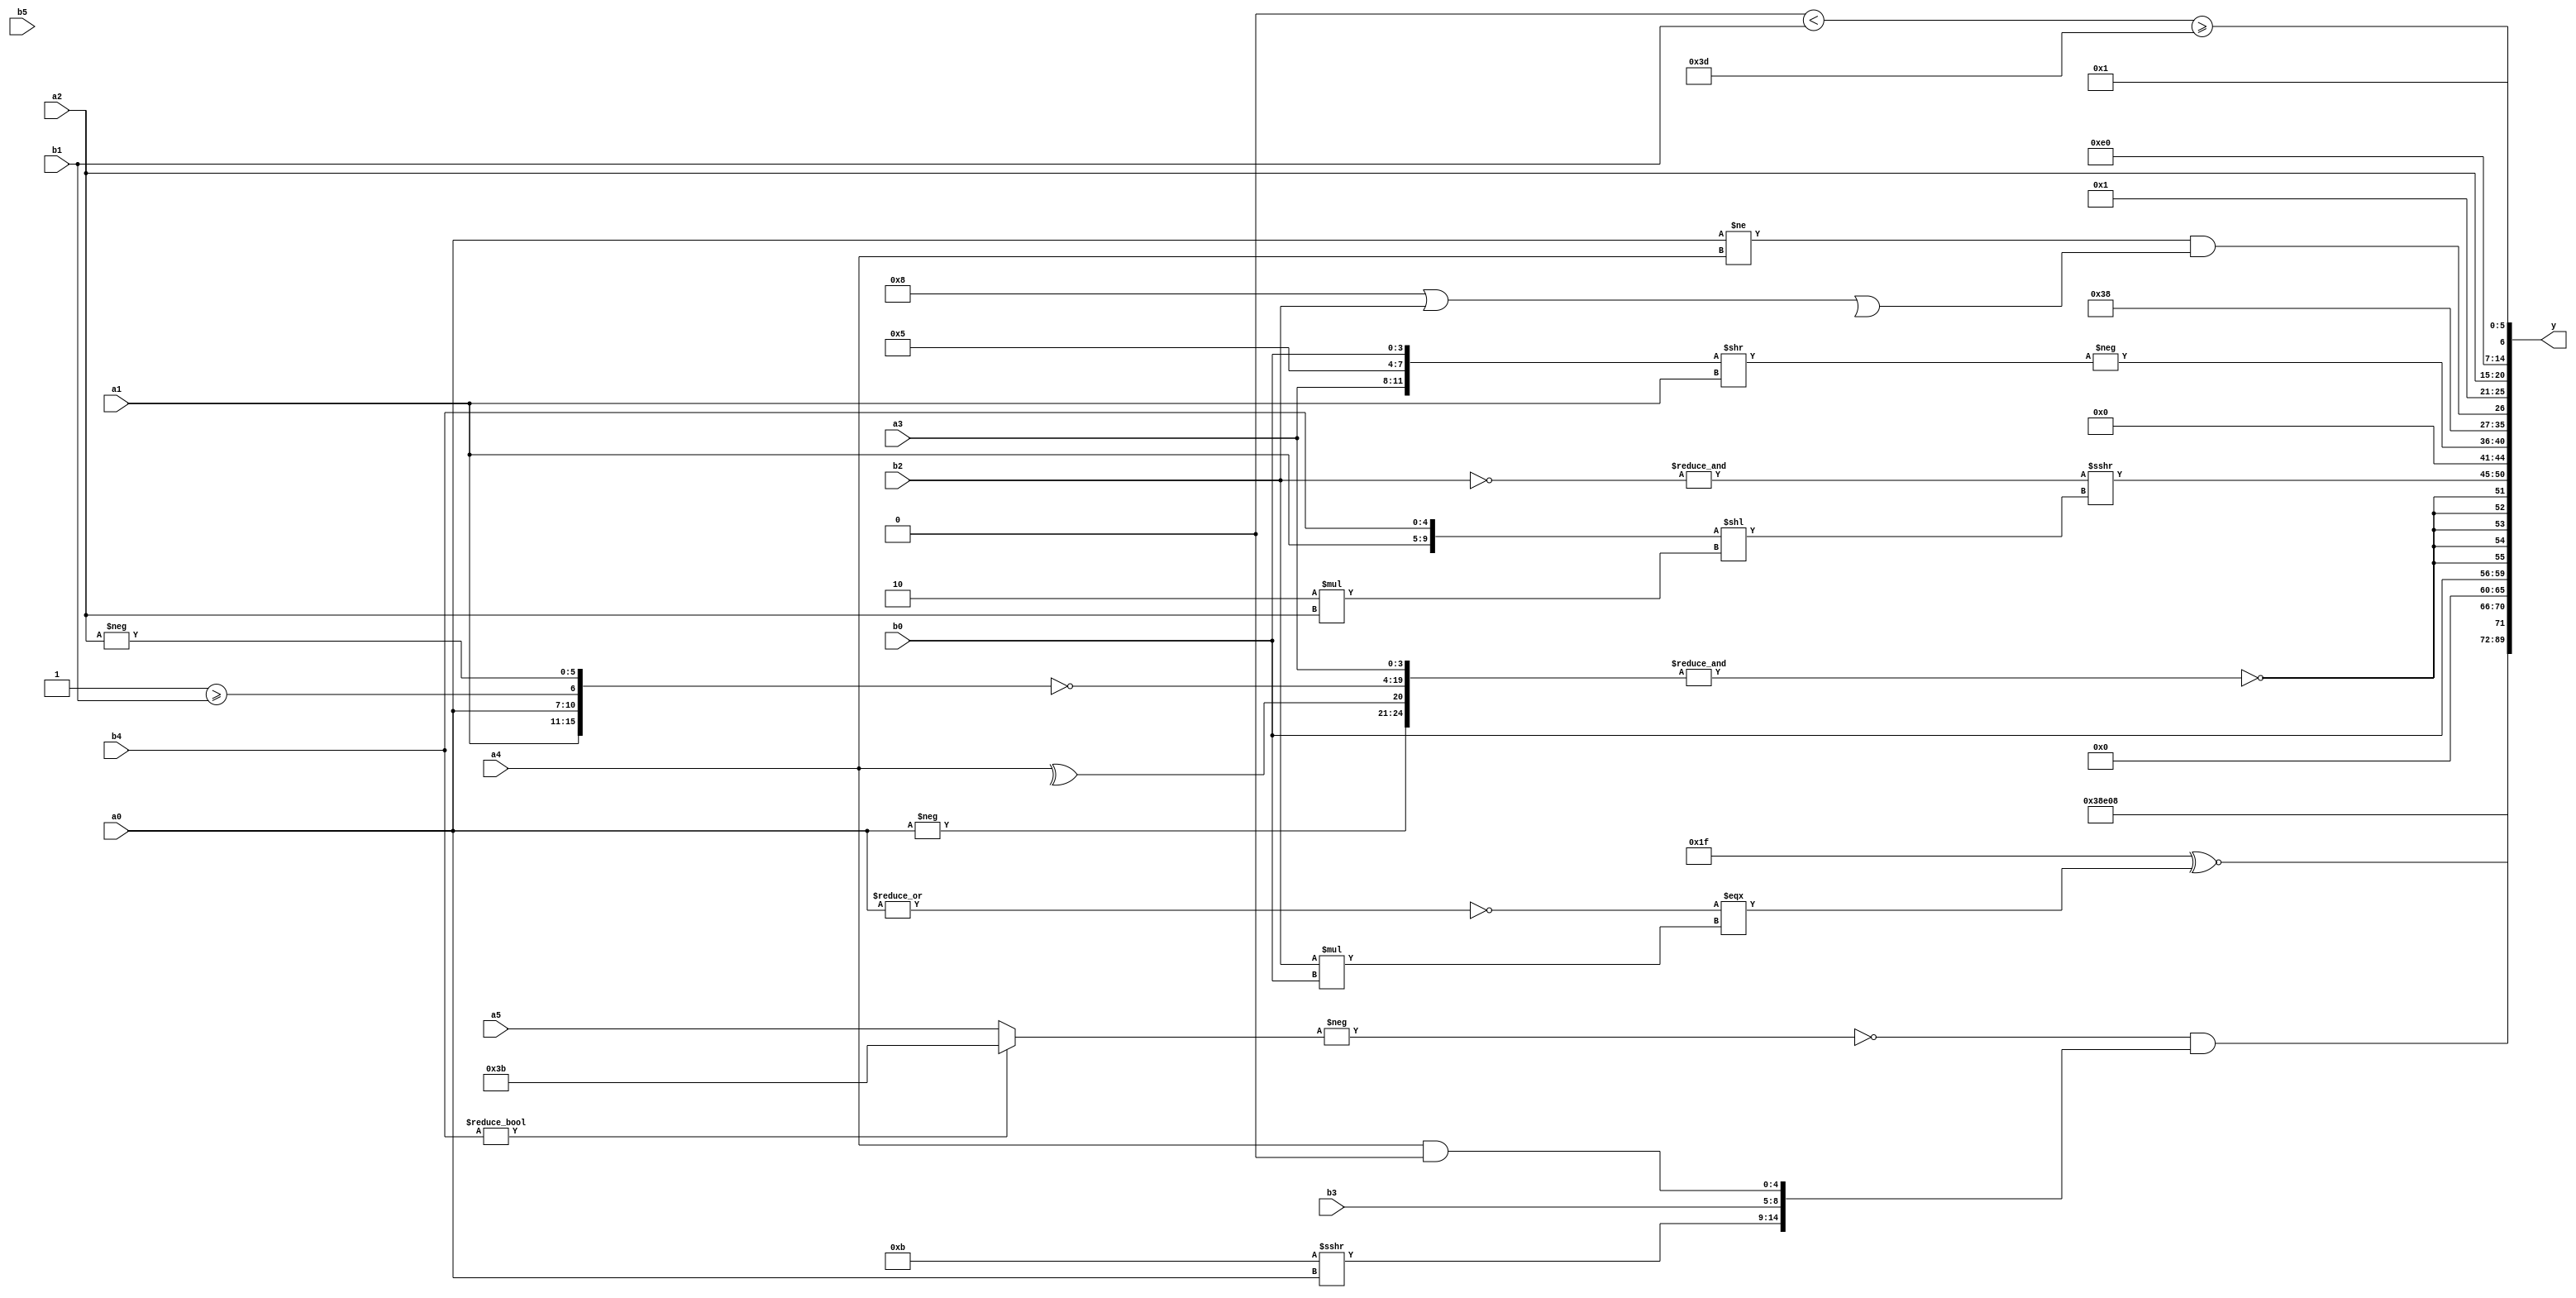
module expression_00485(a0, a1, a2, a3, a4, a5, b0, b1, b2, b3, b4, b5, y);
  input [3:0] a0;
  input [4:0] a1;
  input [5:0] a2;
  input signed [3:0] a3;
  input signed [4:0] a4;
  input signed [5:0] a5;

  input [3:0] b0;
  input [4:0] b1;
  input [5:0] b2;
  input signed [3:0] b3;
  input signed [4:0] b4;
  input signed [5:0] b5;

  wire [3:0] y0;
  wire [4:0] y1;
  wire [5:0] y2;
  wire signed [3:0] y3;
  wire signed [4:0] y4;
  wire signed [5:0] y5;
  wire [3:0] y6;
  wire [4:0] y7;
  wire [5:0] y8;
  wire signed [3:0] y9;
  wire signed [4:0] y10;
  wire signed [5:0] y11;
  wire [3:0] y12;
  wire [4:0] y13;
  wire [5:0] y14;
  wire signed [3:0] y15;
  wire signed [4:0] y16;
  wire signed [5:0] y17;

  output [89:0] y;
  assign y = {y0,y1,y2,y3,y4,y5,y6,y7,y8,y9,y10,y11,y12,y13,y14,y15,y16,y17};

  localparam [3:0] p0 = {4{{4{(-5'sd0)}}}};
  localparam [4:0] p1 = (6'd2 * ((4'd3)?(3'd4):(2'd2)));
  localparam [5:0] p2 = {(~(~|(3'd1))),{(-4'sd5),(-4'sd1)},((-3'sd3)&(5'd31))};
  localparam signed [3:0] p3 = ((4'sd4)+(3'sd1));
  localparam signed [4:0] p4 = {(^(3'sd3)),((2'd1)>(5'sd10))};
  localparam signed [5:0] p5 = ((2'd2)<<<(3'sd1));
  localparam [3:0] p6 = {4{(-5'sd1)}};
  localparam [4:0] p7 = (~|{2{{2{(4'd7)}}}});
  localparam [5:0] p8 = (-(^{(3'sd2),(-5'sd3),(2'sd1)}));
  localparam signed [3:0] p9 = (&(^(((!(-2'sd1))===(|(5'sd13)))==(6'd2 * ((4'd6)||(5'd9))))));
  localparam signed [4:0] p10 = (((-5'sd11)<<<(2'd0))<=((3'd5)===(3'd1)));
  localparam signed [5:0] p11 = {{(5'sd11)}};
  localparam [3:0] p12 = (+((((4'd9)+(3'd6))|(-((5'd18)>=(5'd10))))<=(((2'd3)!==(2'd0))/(-2'sd1))));
  localparam [4:0] p13 = (5'sd8);
  localparam [5:0] p14 = (+(((+(2'd3))>>>((-5'sd15)<(5'd18)))!=((-{(5'd10)})===(&((4'd6)|(3'd4))))));
  localparam signed [3:0] p15 = (+(~^(~(+(^(((~&(3'd2))+(-(5'd16)))===(((4'd1)!=(2'd3))<<<(~^(2'd2)))))))));
  localparam signed [4:0] p16 = (~((5'd20)?(3'd4):(3'd3)));
  localparam signed [5:0] p17 = ((^{(5'sd5)})>(4'd3));

  assign y0 = (-4'sd2);
  assign y1 = (3'd7);
  assign y2 = (3'd1);
  assign y3 = ((!(-{(b4?p16:a5)}))&&{(p11>>>a0),(p4?p0:b3),(a4&p9)});
  assign y4 = ((~((|a4)===(2'd3)))^~((~|a0)===(b2*b0)));
  assign y5 = ((~{4{p12}})?(~|$signed((~p4))):$signed((a1===a3)));
  assign y6 = {2{{3{{3{b0}}}}}};
  assign y7 = $signed({(+(~&{{(-a0),(^a4),$signed(a3)},(~{{a1,a0},(p14>=b1),(-a2)})}))});
  assign y8 = ((&((~b2)))>>>({a1,b4}<<(4'd2 * a2)));
  assign y9 = (-3'sd0);
  assign y10 = {2{{1{(-({a3,p3,b0}>>(+a1)))}}}};
  assign y11 = (4'd7);
  assign y12 = ((^$signed(($signed(a0)!=$unsigned(a4))))&((p13||b2)||(&(p16/p12))));
  assign y13 = (4'sd1);
  assign y14 = {a2};
  assign y15 = (6'd2 * (3'd7));
  assign y16 = ((p12<b1)>=(p16?p2:p11));
  assign y17 = ($unsigned((-5'sd3))!=={1{((5'sd10)>>>(-5'sd9))}});
endmodule